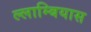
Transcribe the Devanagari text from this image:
ल्लाम्बियास